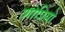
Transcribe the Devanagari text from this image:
शोप्रियो